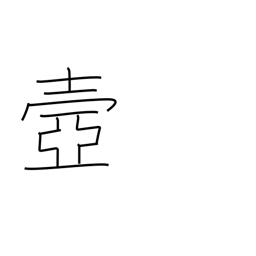
Meaning: palace corridor or passageway